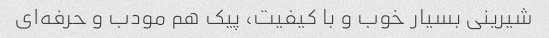
شیرینی بسیار خوب و با کیفیت، پیک هم مودب و حرفه‌ای